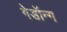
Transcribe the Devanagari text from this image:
गेडॉन्ग